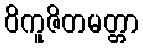
ဝိကူဇိတမတ္တာ